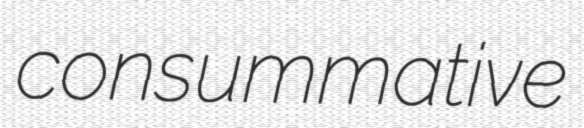
consummative